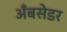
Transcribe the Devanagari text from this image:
अँबसेडर